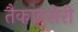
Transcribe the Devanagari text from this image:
तैकाट्टसेरी